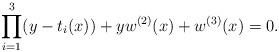
LaTeX: \begin{align*}\prod_{i=1}^3(y-t_i(x))+yw^{(2)}(x)+w^{(3)}(x) = 0.\end{align*}